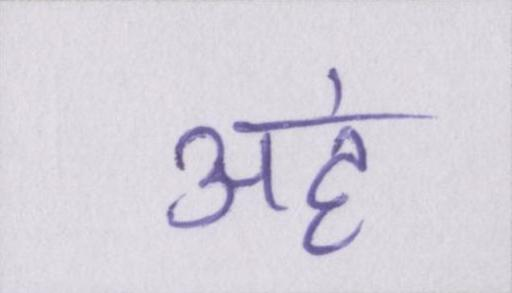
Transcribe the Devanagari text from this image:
अहं